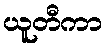
ယူတီကာ